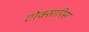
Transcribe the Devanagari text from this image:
टोक्सारिस